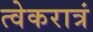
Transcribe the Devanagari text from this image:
त्वेकरात्रं